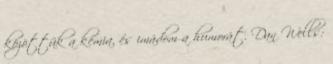
közöttük a kémia, és imádom a humorát. Dan Wells: